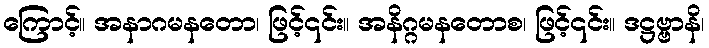
ကြောင့်။ အနာဂမနတော၊ ဖြင့်၎င်း။ အနိဂ္ဂမနတောစ၊ ဖြင့်၎င်း။ ဒဋ္ဌဗ္ဗာနိ၊